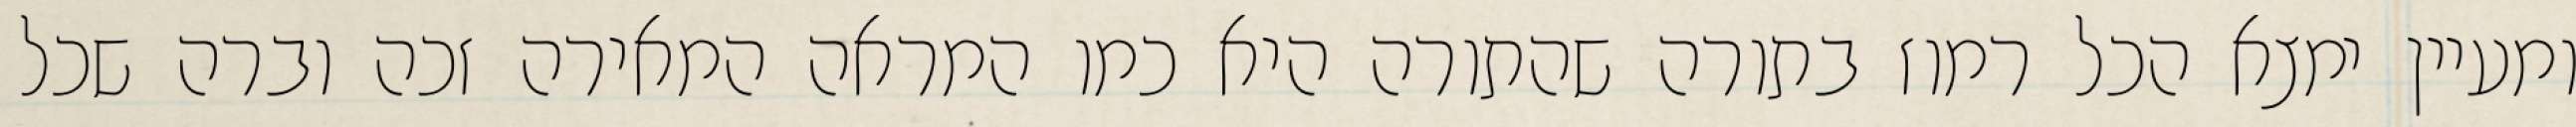
ומעיין ימצא הכל רמוז בתורה שהתורה היא כמו המראה המאירה זכה וברה שכל